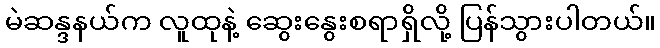
မဲဆန္ဒနယ်က လူထုနဲ့ ဆွေးနွေးစရာရှိလို့ ပြန်သွားပါတယ်။